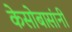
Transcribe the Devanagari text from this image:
केसोबासांनी